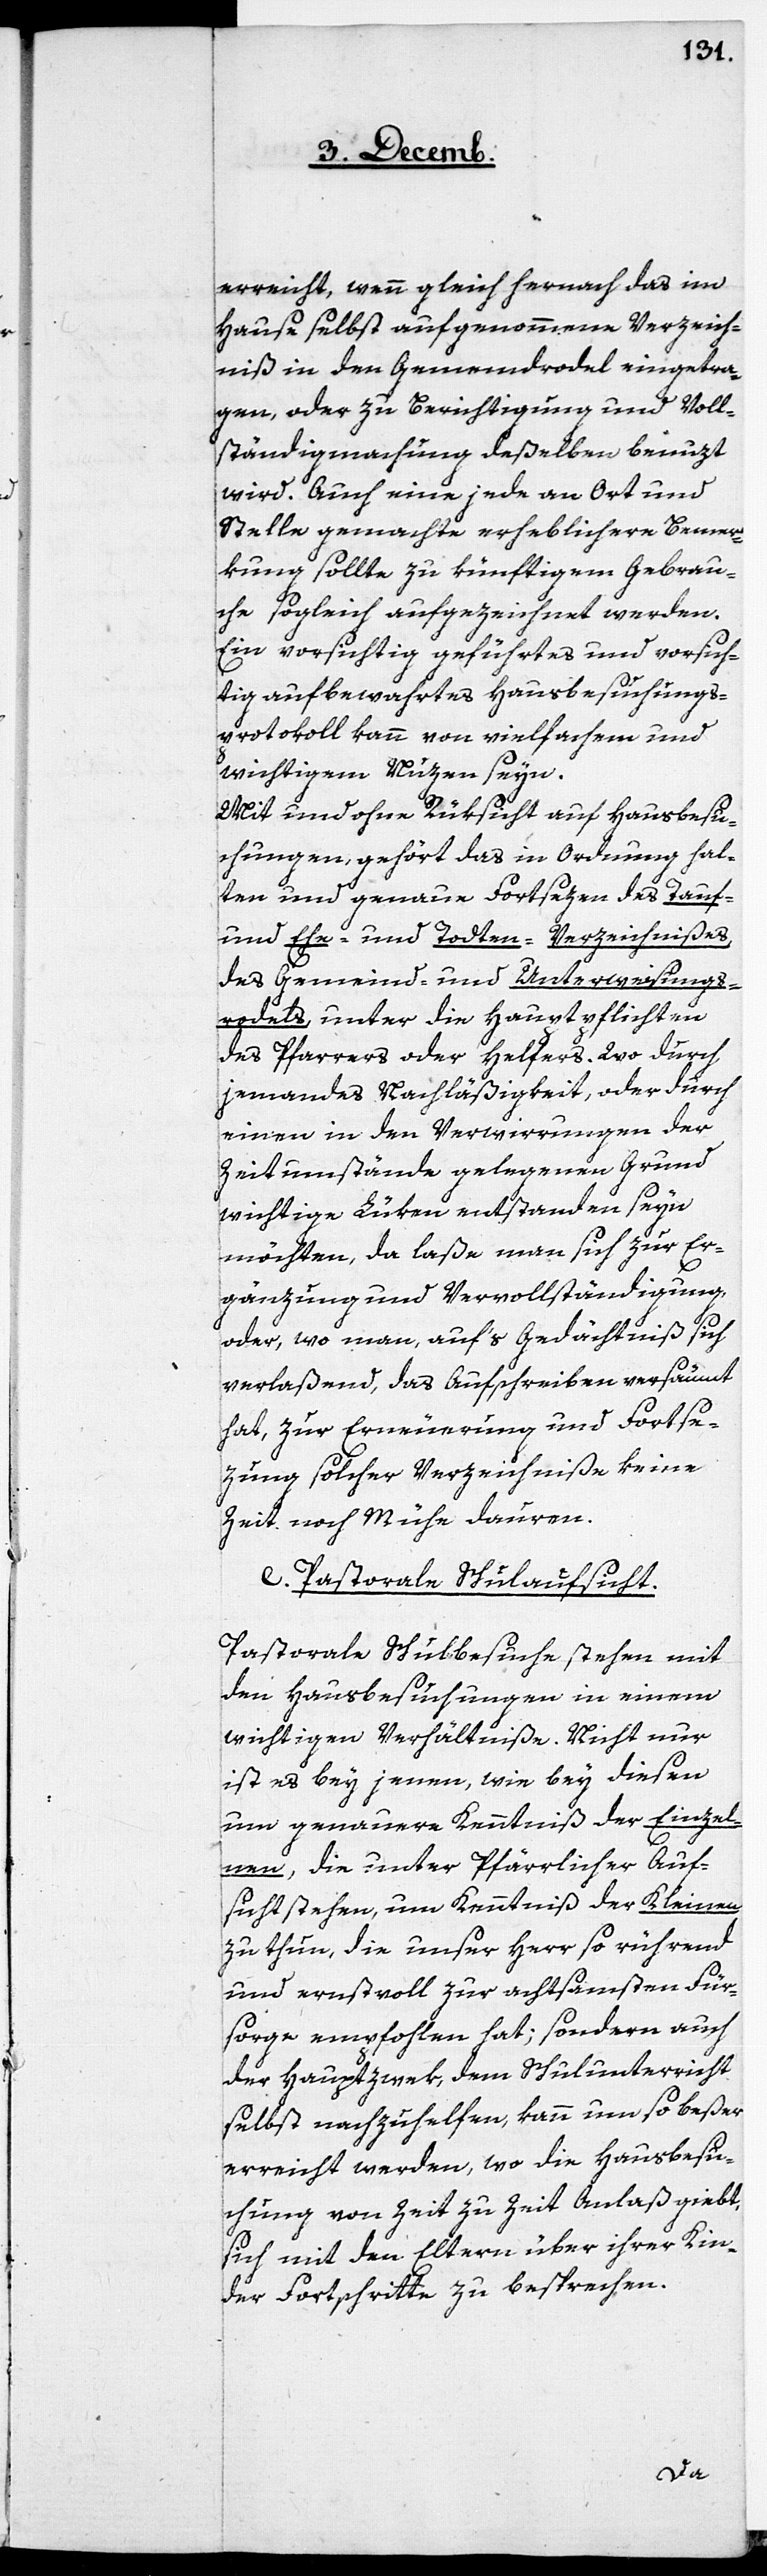
erreicht, wenn gleich hernach das im
Hause selbst aufgenommene Verzeich¬
niß in den Gemeindrodel eingetra¬
gen, oder zu Berichtigung und Voll¬
ständigmachung deßelben benuzt
wird. Auch eine jede an Ort und
Stelle gemachte erheblichere Bemer¬
kung sollte zu künftigem Gebrau¬
che sogleich aufgezeichnet werden.
Ein vorsichtig geführtes und vorsich¬
tig aufbewahrtes Hausbesuchungs¬
protokoll kann von vielfachem und
wichtigem Nuzen seyn.
Mit und ohne Rüksicht auf Hausbesu¬
chungen, gehört das in Ordnung hal¬
ten und genaue Fortsezen des Tauf-[,]
Ehe- und Toten-Verzeichnißes,
des Gemeind- und Unterweisungs¬
rodels, unter die Hauptpflichten
des Pfarrers oder Helfers. Wo durch
jemandes Nachläßigkeit, oder durch
einen in den Verwirrungen der
Zeitumstände gelegenen Grund,
wichtige Lüken entstanden seyn
möchten, da laße man sich zur Er¬
gänzung und Vervollständigung,
oder, wo man, auf’s Gedächtniß sich
verlaßend, das Aufschreiben versäumt
hat, zur Erneuerung und Fortse¬
zung solcher Verzeichniße keine
Zeit noch Mühe dauren.
e. Pastorale Schulaufsicht.
Pastorale Schulbesuche stehen mit
den Hausbesuchungen in einem
wichtigen Verhältniße. Nicht nur
ist es bey jenen, wie bey diesen
um genauere Kenntniß der Einzel¬
nen, die unter Pfärrlicher Auf¬
sicht stehen, um Kenntniß der Kleinen
zu thun, die unser Herr so rührend
und ernstvoll zur achtsamsten Für¬
sorge empfohlen hat; sondern auch
der Haupzwek, dem Schulunterricht
selbst nachzuhelfen, kann um so beßer
erreicht werden, wo die Hausbesu¬
chung von Zeit zu Zeit Anlaß giebt,
sich mit den Eltern über ihrer Kin¬
der Fortschritte zu besprechen.